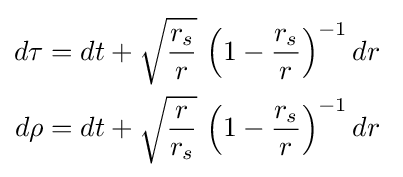
{\begin{aligned}d\tau =dt+{\sqrt {\frac {r_{s}}{r}}}\,\left(1-{\frac {r_{s}}{r}}\right)^{-1}dr~\\d\rho =dt+{\sqrt {\frac {r}{r_{s}}}}\,\left(1-{\frac {r_{s}}{r}}\right)^{-1}dr~\end{aligned}}